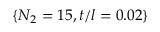
\{ N _ { 2 } = 1 5 , t / l = 0 . 0 2 \}